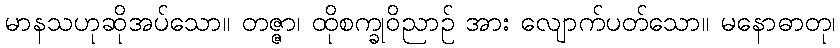
မာနသဟုဆိုအပ်သော။ တဇ္ဇာ၊ ထိုစက္ခုဝိညာဉ် အား လျောက်ပတ်သော။ မနောဓာတု၊